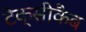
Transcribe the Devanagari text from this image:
टेक्सीकैब